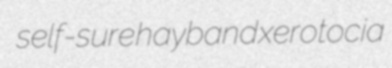
self-sure hayband xerotocia